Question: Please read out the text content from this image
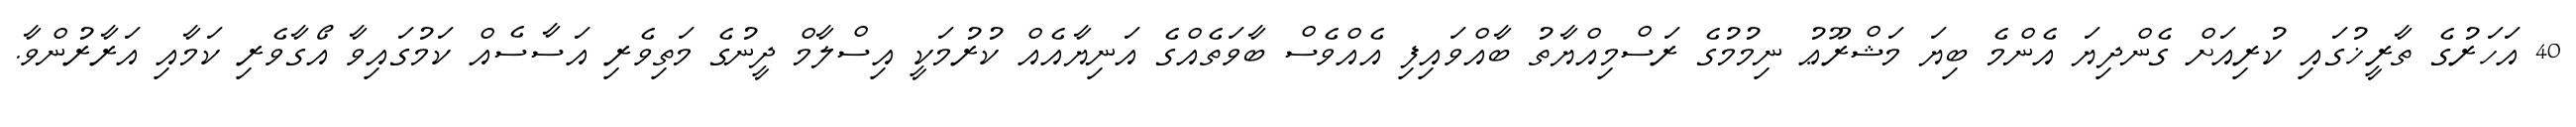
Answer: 40 އަހަރުގެ ތާރީޚުގައި ކުރިއަށް ގެންދިޔަ އެންމެ ބިޔަ މަޝްރޫޢު ނިމުމުގެ ރަސްމިއްޔާތު ބާއްވައިފި އެއްވެސް ބާވަތެއްގެ އަނިޔާއެއް ކުރުމަކީ އިސްލާމް ދީނުގެ މަތިވެރި އަސާސެއް ކަމުގައިވާ އޯގާވެރި ކަމާއި އަރާރުންވާ.